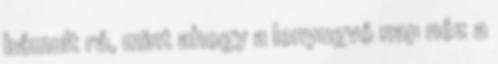
bámult rá, mint ahogy a lenyugvó nap néz a